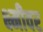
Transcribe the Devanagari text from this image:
क्ष्मीवर